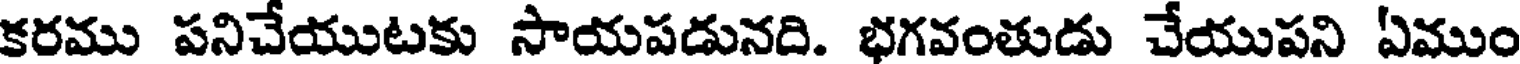
కరము పనిచేయుటకు సాయపడునది. భగవంతుడు చేయుపని ఏముం